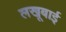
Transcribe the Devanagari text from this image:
लखूबाई